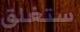
ستغلق